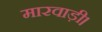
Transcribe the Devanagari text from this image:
मारवाड़ी।